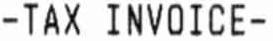
-TAX INVOICE-